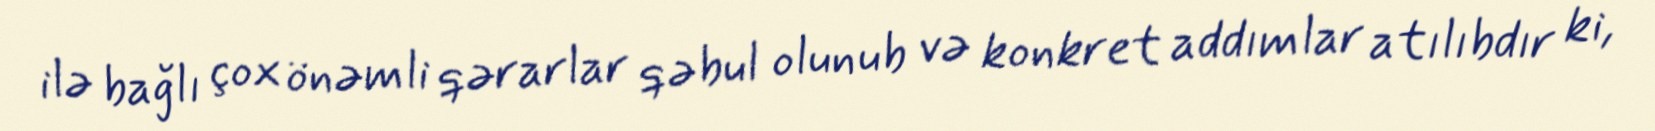
ilə bağlı çox önəmli qərarlar qəbul olunub və konkret addımlar atılıbdır ki,